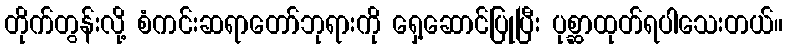
တိုက်တွန်းလို့ စံကင်းဆရာတော်ဘုရားကို ရှေ့ဆောင်ပြုပြီး ပုစ္ဆာထုတ်ရပါသေးတယ်။